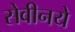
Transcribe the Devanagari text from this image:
सेवीनये